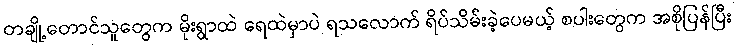
တချို့တောင်သူတွေက မိုးရွာထဲ ရေထဲမှာပဲ ရသလောက် ရိပ်သိမ်းခဲ့ပေမယ့် စပါးတွေက အစိုပြန်ပြီး